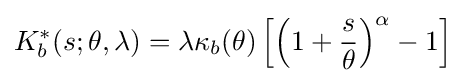
K_{b}^{*}(s;\theta ,\lambda )=\lambda \kappa _{b}(\theta )\left[\left(1+{s \over \theta }\right)^{\alpha }-1\right]